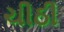
ચીઠી